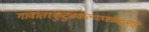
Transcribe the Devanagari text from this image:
गावात१कुटुंबकल्याणकेंद्रआहे